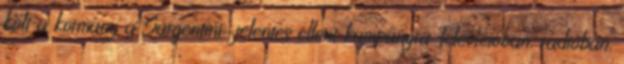
költ a kormány a Sargentini-jelentés elleni kampányra Televízióban, rádióban,